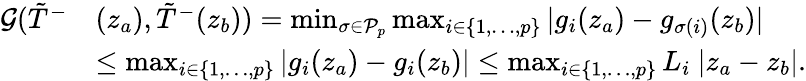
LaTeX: \begin{array}{rl}{\mathcal{G}(\tilde{T}^{-}}&{(z_{a}),\tilde{T}^{-}(z_{b}))=\operatorname*{min}_{\sigma\in\mathcal{P}_{p}}\operatorname*{max}_{i\in\{ 1,\ldots,p\} }|g_{i}(z_{a})-g_{\sigma(i)}(z_{b})|}\\ &{\leq\operatorname*{max}_{i\in\{ 1,\ldots,p\} }|g_{i}(z_{a})-g_{i}(z_{b})|\leq\operatorname*{max}_{i\in\{ 1,\ldots,p\} }L_{i}\ |z_{a}-z_{b}|.}\end{array}